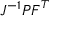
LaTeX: J ^ { - 1 } { \boldsymbol { P } } { \boldsymbol { F } } ^ { T }